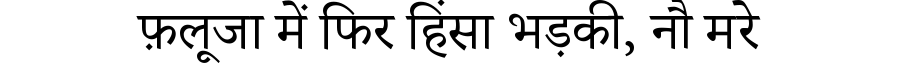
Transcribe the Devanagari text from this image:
फ़लूजा में फिर हिंसा भड़की, नौ मरे